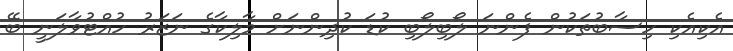
އެކިއެކި ހިސާބުތަކުން ފެންނަ ލޯބިލޯބި ކުޑަ ކުދިންނަށް މާލިކާގެ ނަޒަރު ހުއްޓުވާލަނީ ބޭ